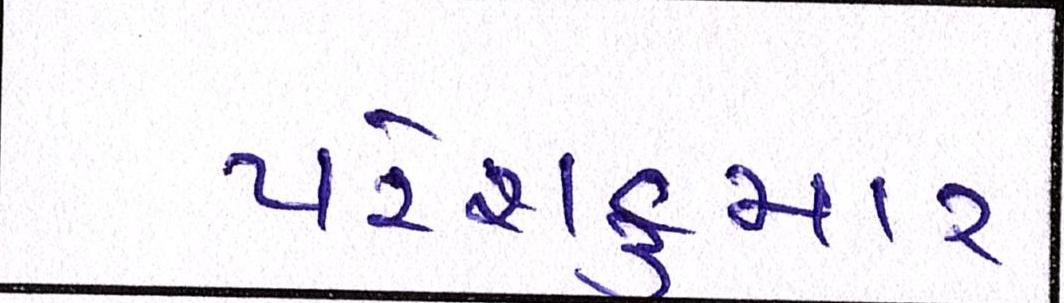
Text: પરેશકુમાર